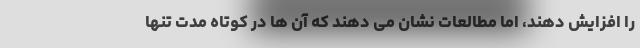
را افزایش دهند، اما مطالعات نشان می دهند که آن ها در کوتاه مدت تنها